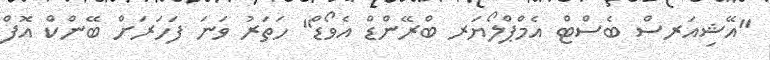
"އޭޝިއަރސް ބެސްޓް އެމްޕްލޯޔަރ ބްރޭންޑް އެވޯޑް" ހަތަރު ވަނަ ފަހަރަށް ބޭންކް އޮފް